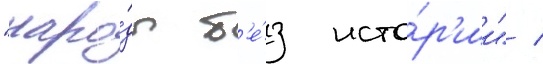
"наро́ды б'е́з исто́р'ии" /